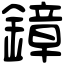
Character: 鏱